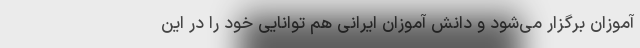
آموزان برگزار می‌شود و دانش آموزان ایرانی هم توانایی خود را در این